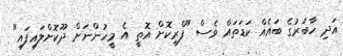
އަދި ހާބަރުގެ ބައެއް ކަޑަތައް ވެސް "ފްރީކޮށް އޮތީ އެ މީހުންނަށް ދޫކޮށްލައިފައި"